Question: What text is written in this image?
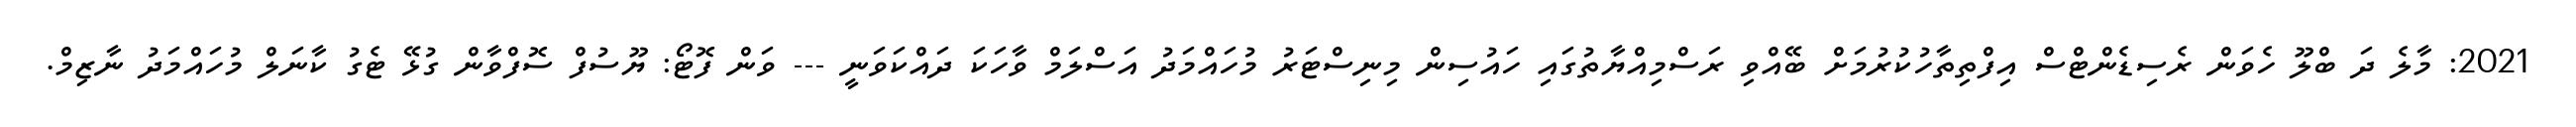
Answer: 2021: މާލެ ދަ ބްލޫ ހެވަން ރެސިޑެންޓްސް އިފްތިތާހުކުރުމަށް ބޭއްވި ރަސްމިއްޔާތުގައި ހައުސިން މިނިސްޓަރު މުހައްމަދު އަސްލަމް ވާހަކަ ދައްކަވަނީ --- ވަން ފޮޓޯ: ޔޫސުފް ސޮފްވާން ގުޅޭ ޓެގު ކާނަލް މުހައްމަދު ނާޒިމް.